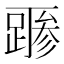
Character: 𲃻